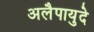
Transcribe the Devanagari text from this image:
अलैपायुदे